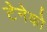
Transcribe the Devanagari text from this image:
टेनेको